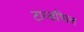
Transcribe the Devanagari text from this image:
टाय्डफिल